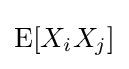
\operatorname {E} [X_{i}X_{j}]